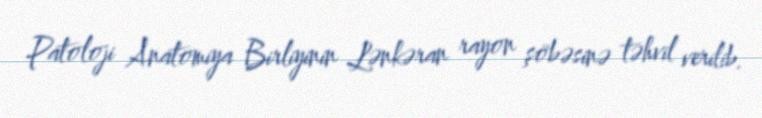
Patoloji Anatomiya Birliyinin Lənkəran rayon şöbəsinə təhvil verilib.